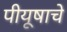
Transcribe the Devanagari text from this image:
पीयूषाचे